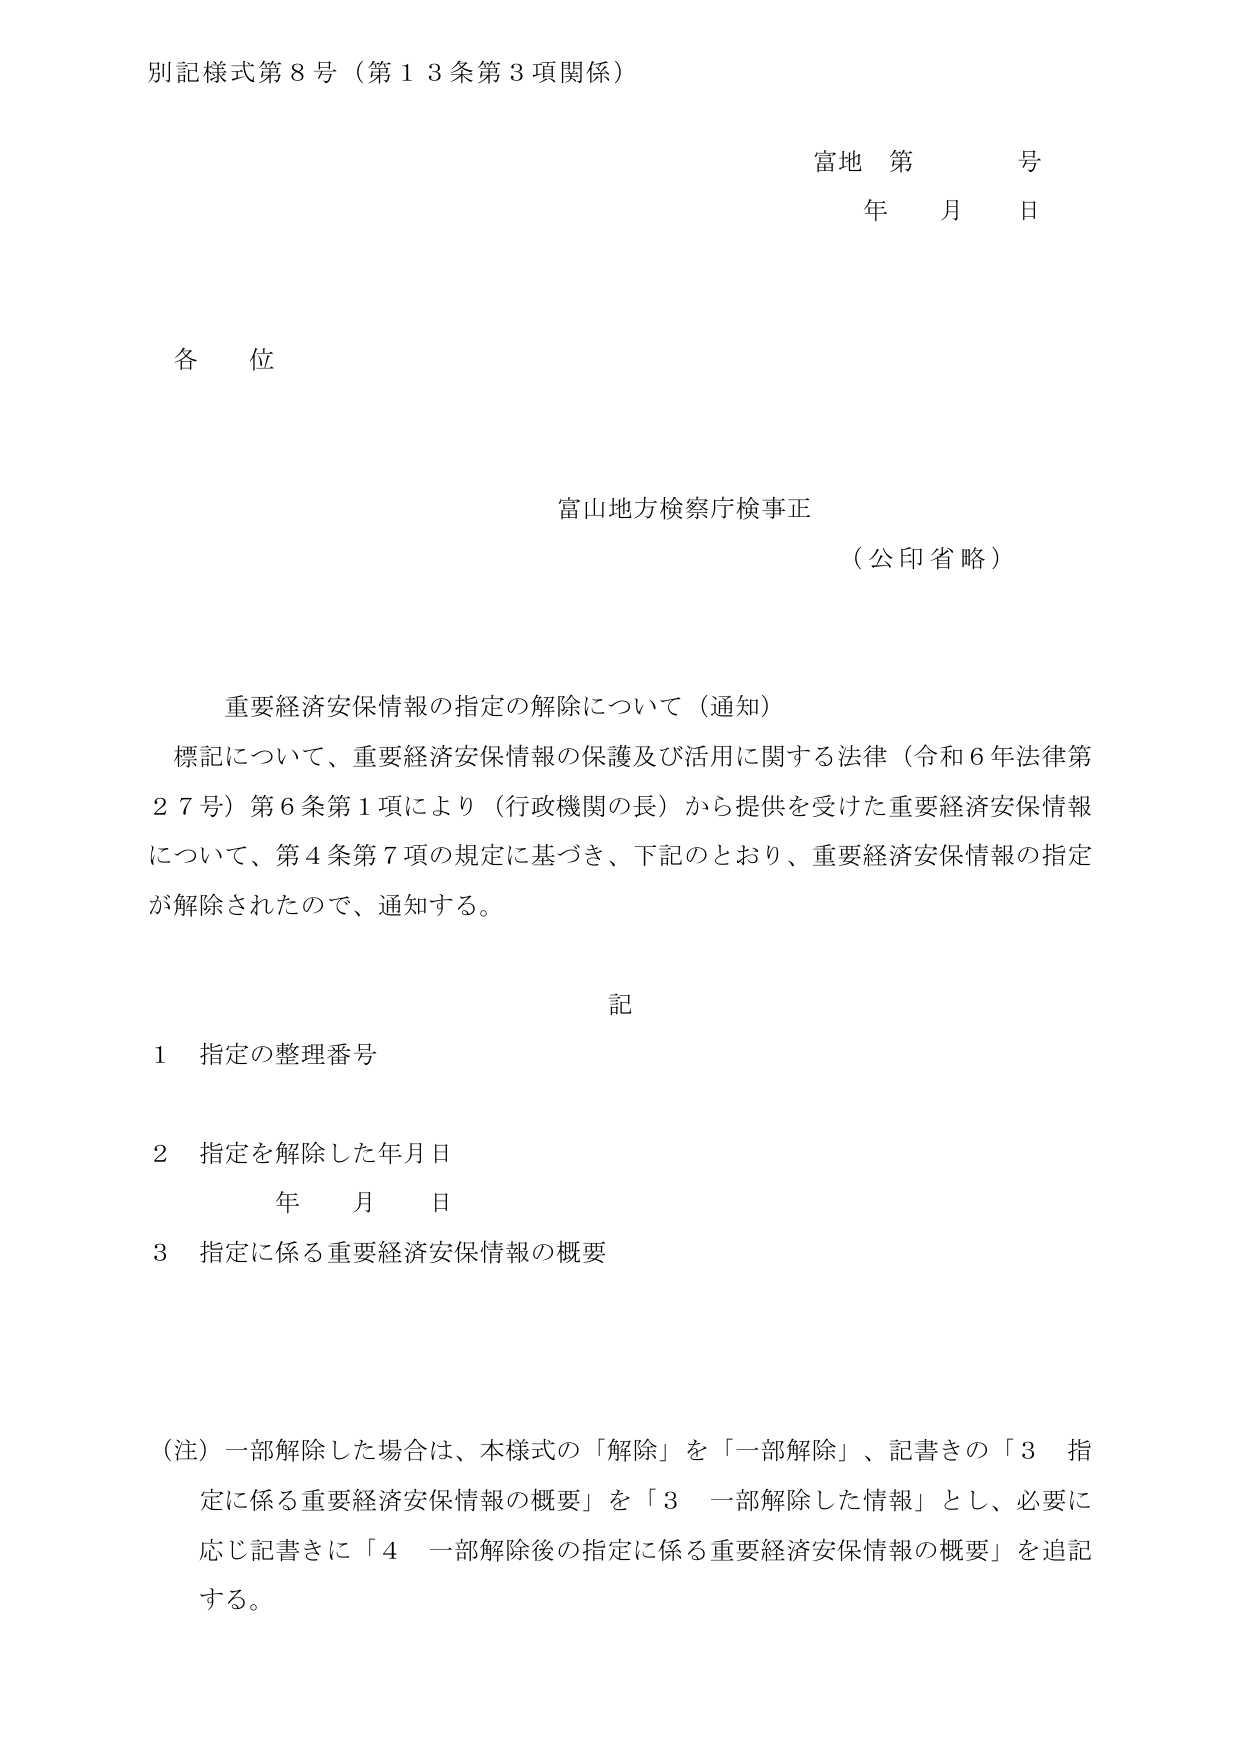
別記様式第８号（第１３条第３項関係）

富地 第 号
年 月 日

各位

富山地方検察庁検事正
（公印省略）

重要経済安保情報の指定の解除について（通知）
標記について、重要経済安保情報の保護及び活用に関する法律（令和６年法律第２７号）第６条第１項により（行政機関の長）から提供を受けた重要経済安保情報について、第４条第７項の規定に基づき、下記のとおり、重要経済安保情報の指定が解除されたので、通知する。

記
１ 指定の整理番号
２ 指定を解除した年月日
　　年 月 日
３ 指定に係る重要経済安保情報の概要

（注）一部解除した場合は、本様式の「解除」を「一部解除」、記書きの「３ 指定に係る重要経済安保情報の概要」を「３ 一部解除した情報」とし、必要に応じ記書きに「４ 一部解除後の指定に係る重要経済安保情報の概要」を追記する。